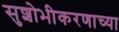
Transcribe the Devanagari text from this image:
सुशोभीकरणाच्या